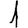
Digit: 1